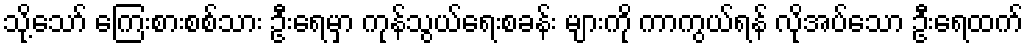
သို့သော် ကြေးစားစစ်သား ဦးရေမှာ ကုန်သွယ်ရေးစခန်း များကို ကာကွယ်ရန် လိုအပ်သော ဦးရေထက်